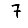
Digit: 7